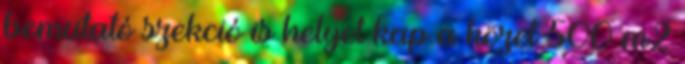
bemutató szekció is helyet kap a közel 500 m2